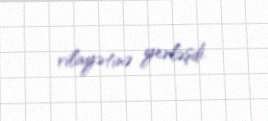
vilayətinə yerləşdi.